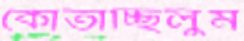
কোঁতাচ্ছিলুম